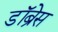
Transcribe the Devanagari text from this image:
डॉब्रेस